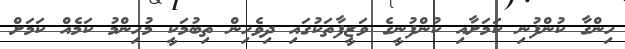
ހިންގާ ކުންފުނި ކަމަށާއި ކުންފުނީގެ ވަޒީފާތަކުގައި ދިވެހިން ތިބުމަކީ މުހިންމު ކަމެއް ކަމަށް